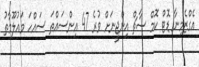
އެގްޒެމިނާ ޑޮޓް ކޮމް ސާޗް އިންޖީނަށް ވުރެ 47 އިންސައްތަ ސައްހަ މައުލޫމާތު